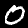
Label: 0